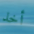
أخذ